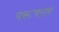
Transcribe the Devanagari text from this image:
परूषराम